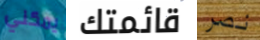
يمكني قائمتك نصر